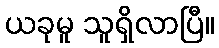
ယခုမူ သူရှိလာပြီ။